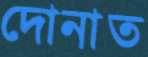
দোনাত